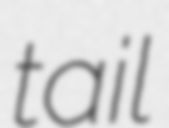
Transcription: tail